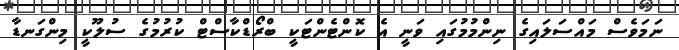
ނަމަވެސް މައްސަލައިގެ ނިންމުމުގައި ވަނީ އެ ކޮންޓެންޓަކީ ބްރޯޑްކާސްޓް ކުރުމުގެ ސުލޫކީ މިންގަނޑާ